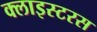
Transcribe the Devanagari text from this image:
क्लाइस्टरस